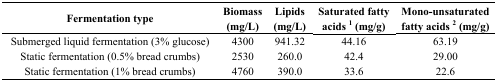
| Fermentation type | Biomass (mg/L) | Lipids (mg/L) | Saturated fatty acids 1 (mg/g) | Mono-unsaturated fatty acids 2 (mg/g) |
 | --- | --- | --- | --- | --- |
 | Submerged liquid fermentation (3% glucose) | 4300 | 941.32 | 44.16 | 63.19 |
 | Static fermentation (0.5% bread crumbs) | 2530 | 260.0 | 42.4 | 29.00 |
 | Static fermentation (1% bread crumbs) | 4760 | 390.0 | 33.6 | 22.6 |